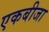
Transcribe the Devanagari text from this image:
एकबीजा